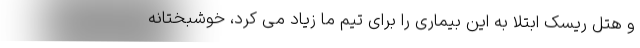
و هتل ریسک ابتلا به این بیماری را برای تیم ما زیاد می کرد، خوشبختانه